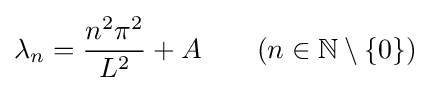
\lambda _{n}={\frac {n^{2}\pi ^{2}}{L^{2}}}+A\qquad (n\in \mathbb {N} \setminus \{0\})